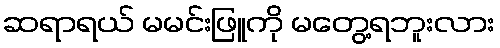
ဆရာရယ် မမင်းဖြူကို မတွေ့ရဘူးလား